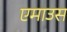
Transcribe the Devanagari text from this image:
एमाउस